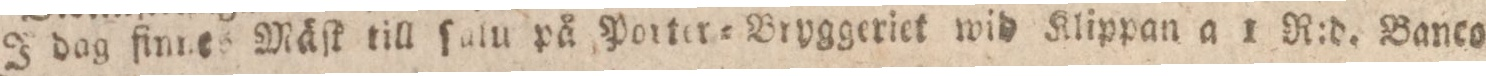
J dag finnes Mäſk till ſalu på Porter=Bryggeriet wid Klippan a 1 R:d. Banco